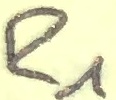
Text: R2